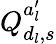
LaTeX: Q_{d_{l},s}^{a_{l}^{\prime}}